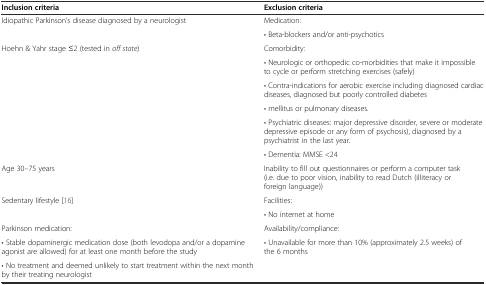
<table><thead><tr><td><b>Inclusion criteria</b></td><td><b>Exclusion criteria</b></td></tr></thead><tbody><tr><td rowspan="2">Idiopathic Parkinson’s disease diagnosed by a neurologist</td><td>Medication:</td></tr><tr><td>• Beta-blockers and/or anti-psychotics</td></tr><tr><td rowspan="6">Hoehn &amp; Yahr stage ≤2 (tested in <i>off state</i>)</td><td>Comorbidity:</td></tr><tr><td>• Neurologic or orthopedic co-morbidities that make it impossible to cycle or perform stretching exercises (safely)</td></tr><tr><td>• Contra-indications for aerobic exercise including diagnosed cardiac diseases, diagnosed but poorly controlled diabetes</td></tr><tr><td>• mellitus or pulmonary diseases.</td></tr><tr><td>• Psychiatric diseases: major depressive disorder, severe or moderate depressive episode or any form of psychosis), diagnosed by a psychiatrist in the last year.</td></tr><tr><td>• Dementia: MMSE &lt;24</td></tr><tr><td>Age 30–75 years</td><td>Inability to fill out questionnaires or perform a computer task (i.e. due to poor vision, inability to read Dutch (illiteracy or foreign language))</td></tr><tr><td rowspan="2">Sedentary lifestyle [16]</td><td>Facilities:</td></tr><tr><td>• No internet at home</td></tr><tr><td>Parkinson medication:</td><td>Availability/compliance:</td></tr><tr><td>• Stable dopaminergic medication dose (both levodopa and/or a dopamine agonist are allowed) for at least one month before the study</td><td rowspan="2">• Unavailable for more than 10% (approximately 2.5 weeks) of the 6 months</td></tr><tr><td>• No treatment and deemed unlikely to start treatment within the next month by their treating neurologist</td></tr></tbody></table>